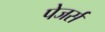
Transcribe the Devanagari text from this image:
पेजर्स